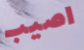
اصيب